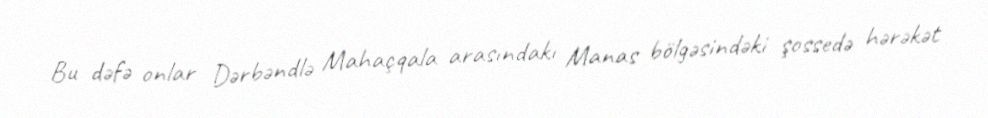
Bu dəfə onlar Dərbəndlə Mahaçqala arasındakı Manas bölgəsindəki şossedə hərəkət